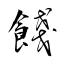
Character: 餞